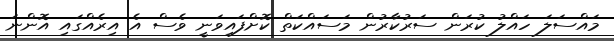
މައްސަލަ ހައްލު ކުރަން ސަރުކާރުން މަސައްކަތް ކޮށްފައިވަނީ ވެސް އެ އިރެއްގައި އޮންނަ